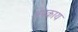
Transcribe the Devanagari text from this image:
अपकाय